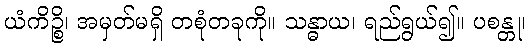
ယံကိဉ္စိ၊ အမှတ်မရှိ တစုံတခုကို။ သန္ဓာယ၊ ရည်ရွယ်၍။ ပစန္တု၊